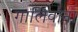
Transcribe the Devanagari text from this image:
गालिवाना